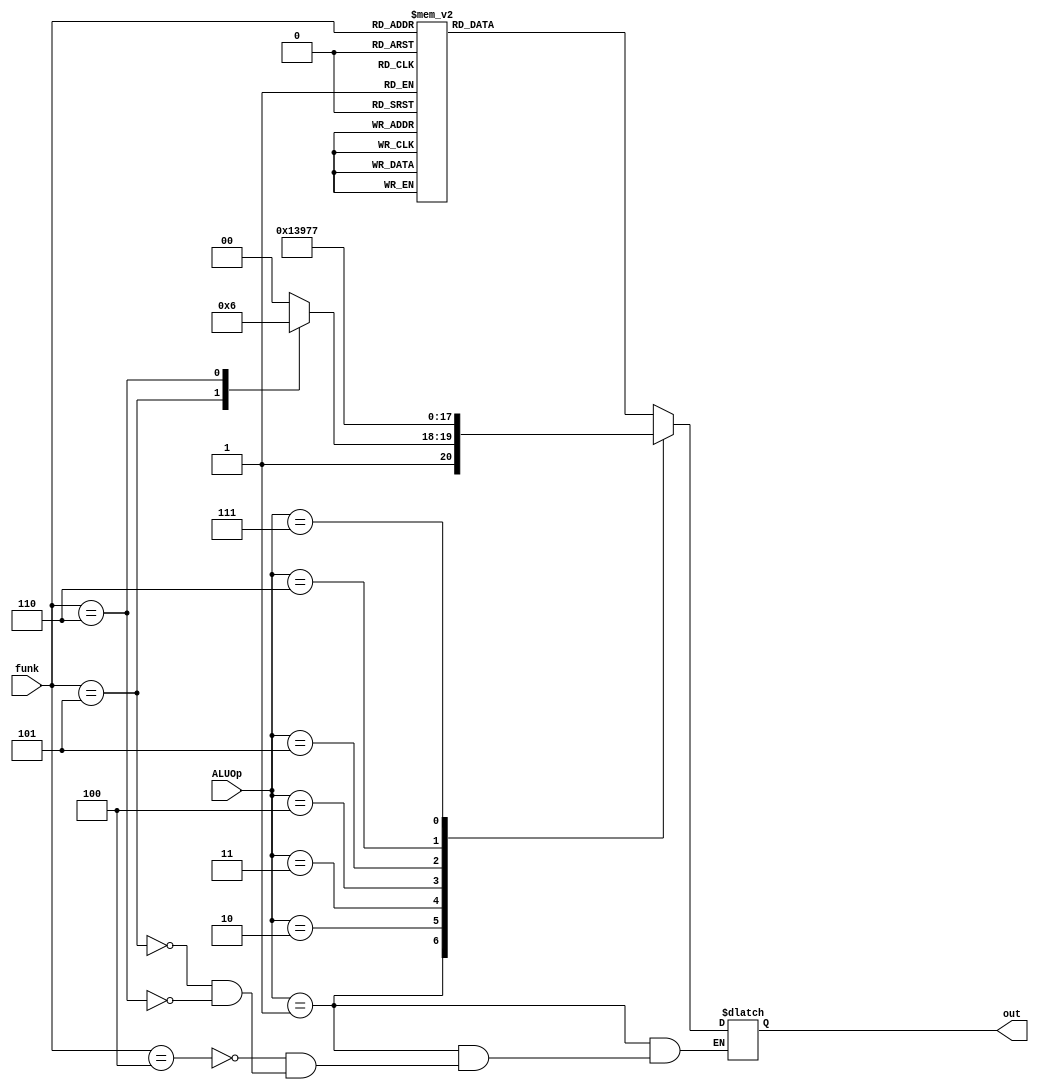
`timescale 1ns / 1ps
//////////////////////////////////////////////////////////////////////////////////
// Company: 
// Engineer: 
// 
// Design Name: 
// Module Name:    ALU_Control 
// Project Name: 
// Target Devices: 
// Tool versions: 
// Description: 
//
// Dependencies: 
//
// Revision: 
// Revision 0.01 - File Created
// Additional Comments: 
//
//////////////////////////////////////////////////////////////////////////////////
module ALU_Control(
    input [2:0] ALUOp,
    input [2:0] funk,
    output reg [2:0] out
    );
	 
	 parameter aluAnd = 0;
	 parameter aluOr = 1;
	 parameter add = 2;
	 parameter sub = 3;
	 parameter sl = 4;
	 parameter srl = 5;
	 parameter sra = 6;
	 parameter slt = 7;
	 
	 always @(ALUOp or funk)
	 begin
		case(ALUOp)
			0://R-Type
			begin
				case(funk)
					0://add
					begin
						out = add;
						//$display("add");
					end
					3'b001://sub
					begin
						out = sub;
						//$display("sub");
					end
					3'b010://or
					begin
						out = aluOr;
						//$display("or");
					end
					3'b011://and
					begin
						out = aluAnd;
						//$display("and");
					end
					3'b100://sll
					begin
						out = sl;
						//$display("sl");
					end
					3'b101://srl
					begin
						out = srl;
						//$display("srl");
					end
					3'b110://sra
					begin
						out = sra;
						//$display("sra");
					end
					3'b111://slt
					begin
						out = slt;
						//$display("slt");
					end
				endcase
			end
		3'b001:
			begin
				case(funk)
					3'b100:
						begin
							out = sl;
							//$display("sl");
						end
					3'b101:
						begin
							out = srl;
							//$display("srl");
						end
					3'b110:
						begin
							out = sra;
							//$display("sra");
						end
				endcase
			end
		2: out = add;
		3: out = sub;
		4: out = sl;
		5: out = srl;
		6: out = sra;
		7: out = slt;
		endcase
	 end


endmodule